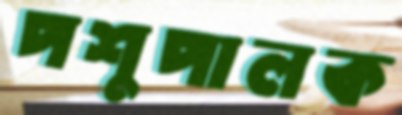
পশুপালক